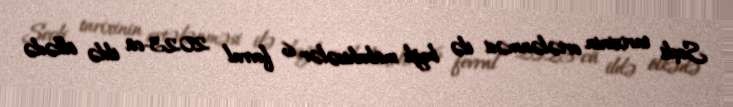
Seçki tarixinin ertələnməsi ilə bağlı mübahisələr 6 fevral 2023-cü ildə ölkədə